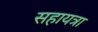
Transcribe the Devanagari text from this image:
सहायत्रा